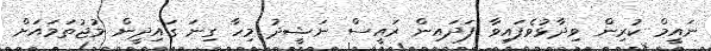
ނައީމް ކުރިން ވިދާޅުވެފައިވާ ފަދައިން ރައީސް ނަޝީދު މިހާ ގިނަ ގައިދީން މުޖުތަމައަށް